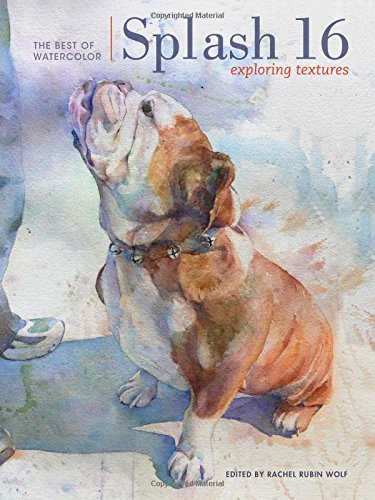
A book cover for Splash 16: Exploring Texture (Splash: The Best of Watercolor); Arts & Photography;